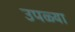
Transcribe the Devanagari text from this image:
उपळ्या